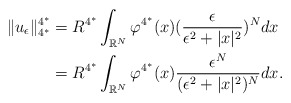
\begin{align*}\|u_{\epsilon}\|_{4^*}^{4^*}&=R^{4^*}\int_{\mathbb{R}^{N}}\varphi^{4^*}(x)(\frac{\epsilon}{\epsilon^{2}+|x|^{2}})^{N}dx\\&=R^{4^*}\int_{\mathbb{R}^{N}} \varphi^{4^*}(x)\frac{\epsilon^{N}}{(\epsilon^{2}+|x|^{2})^{N}}dx.\end{align*}